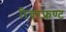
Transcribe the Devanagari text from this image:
रिवरफ्रण्ट